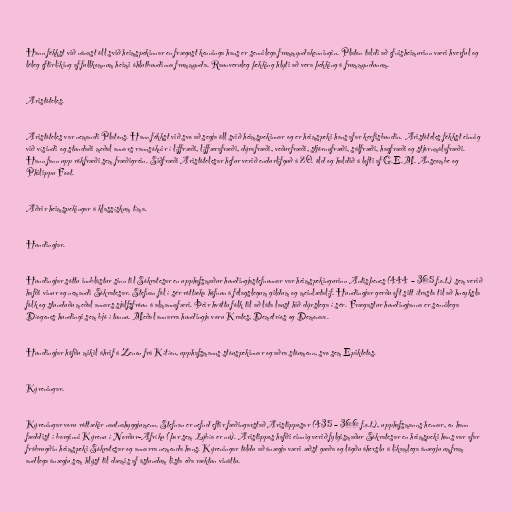
Hann fékkst við nánast öll svið heimspekinnar en frægust kenninga hans er sennilega frummyndakenningin. Platon taldi að efnisheimurinn væri hverful og
léleg eftirlíking af fullkomnum heimi óhlutbundinna frummynda. Raunveruleg þekking hlyti að vera þekking á frummyndunum.

Aristóteles.

Aristóteles var nemandi Platons. Hann fékkst við svo að segja öll svið heimspekinnar og er heimspeki hans afar kerfisbundin. Aristóteles fékkst einnig
við vísindi og stundaði meðal annars rannsóknir í líffræði, líffærafræði, dýrafræði, veðurfræði, stjörnufræði, sálfræði, hagfræði og stjórnmálafræði.
Hann fann upp rökfræði sem fræðigrein. Siðfræði Aristótelesar hefur verið endurlífguð á 20. öld og haldið á lofti af G.E.M. Anscombe og
Philippu Foot.

Aðrir heimspekingar á klassískum tíma.

Hundingjar.

Hundingjar sóttu innblástur sinn til Sókratesar en upphafsmaður hundingjastefnunnar var heimspekingurinn Antisþenes (444 – 365 f.o.t.) sem verið
hafði vinur og nemandi Sókratesar. Stefnan fól í sér róttæka höfnun á félagslegum gildum og meinlætalíf. Hundingjar gerðu oft sitt ítrasta til að hneyksla
fólk og stunduðu meðal annars sjálfsfróun á almannafæri. Þeir hvöttu fólk til að láta laust hið dýrslega í sér. Frægastur hundingjanna er sennilega
Díogenes hundingi sem bjó í tunnu. Meðal annarra hundingja voru Krates, Demetríos og Demonax.

Hundingjar höfðu mikil áhrif á Zenon frá Kítíon, upphafsmanns stóuspekinnar og aðra stóumenn, svo sem Epiktetos.

Kýreningar.

Kýreningar voru róttækir nautnahyggjumenn. Stefnan er nefnd eftir fæðingarstað Aristipposar (435 – 366 f.o.t.), upphafsmanns hennar, en hann
fæddist í borginni Kýrenu í Norður-Afríku (þar sem Lýbía er nú). Aristippos hafði einnig verið fylgismaður Sókratesar en heimspeki hans var afar
frábrugðin heimspeki Sókratesar og annarra nemenda hans. Kýreningar töldu að ánægja væri æðst gæða og lögðu áherslu á líkamlega ánægju umfram
andlega ánægju sem hlýst til dæmis af ástundum lista eða ræktun vináttu.